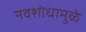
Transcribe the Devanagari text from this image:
नवशोधामुळे